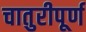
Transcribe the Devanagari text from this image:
चातुरीपूर्ण